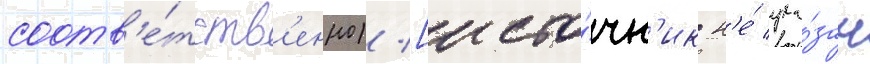
соотв'е́тств'енно) [исто́чн'ик н'е́ ука́зан